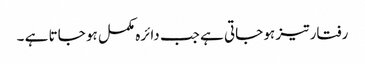
رفتار تیز ہو جاتی ہے جب دائرہ مکمل ہو جاتا ہے ۔